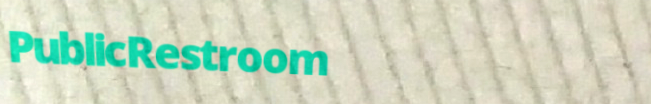
PublicRestroom